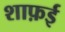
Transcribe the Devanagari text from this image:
शाफ़ई